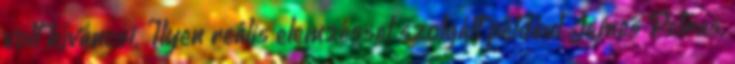
volt kíváncsi. Ilyen reális elemzéssel szolgált például James Petras,